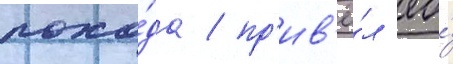
похо́да / пр'ив'ё́л ео́